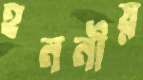
হননীয়